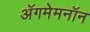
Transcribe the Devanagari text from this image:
अॅगमेमनॉन